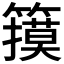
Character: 𱸬